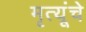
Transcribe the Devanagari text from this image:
मृत्यूंचे